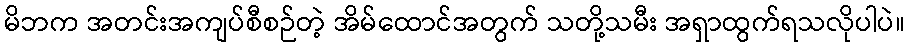
မိဘက အတင်းအကျပ်စီစဉ်တဲ့ အိမ်ထောင်အတွက် သတို့သမီး အရှာထွက်ရသလိုပါပဲ။